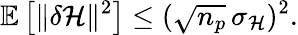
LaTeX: \mathbb{E}\left[\lVert\delta\mathcal{H}\rVert^{2}\right]\leq(\sqrt{n_{p}}\, \sigma_{\mathcal{H}})^{2}.